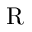
\mathrm { R }